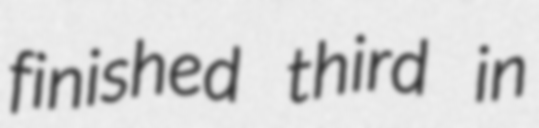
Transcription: finished third in